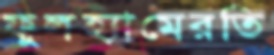
ফুলহ্যামেরতি